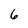
Character: 6